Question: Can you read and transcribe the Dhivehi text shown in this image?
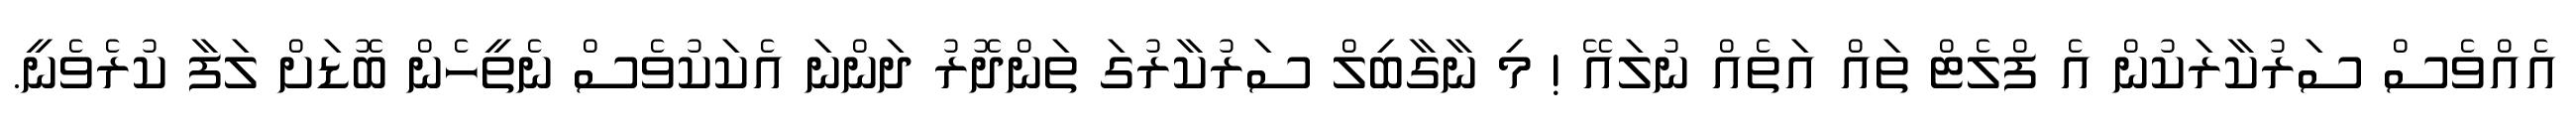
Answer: އެއްވެސް ސަރުކާރަކުން އެ ފްލެޓް ތައް އަތެއް ނުލައޭ ! މި ނާގާބިލް ސަރުކާރުގަ ތަންދޮރު ދަންނަ އެކަކުވެސް ނެތީހެން ބޮޑަށް ލަފާ ކުރެވެނީ.